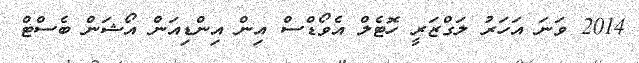
2014 ވަނަ އަހަރު ލަގްޒަރީ ހޮޓެލް އެވޯޑްސް އިން އިންޑިއަން އޯޝަން ބެސްޓް